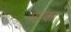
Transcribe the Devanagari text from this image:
मरका